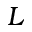
L